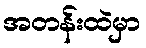
အတန်းထဲမှာ